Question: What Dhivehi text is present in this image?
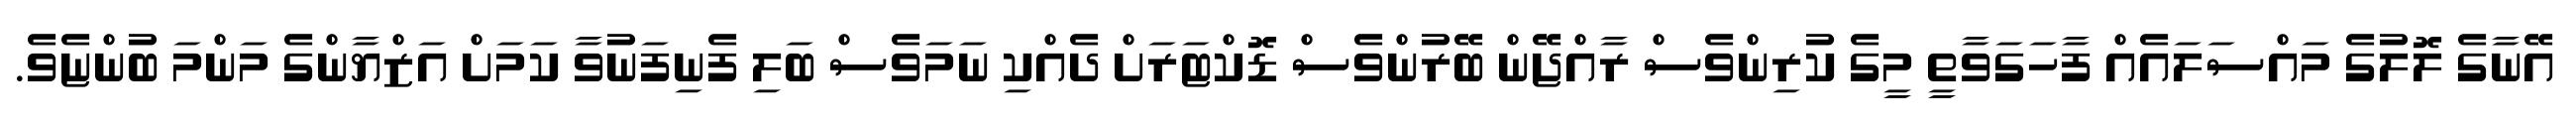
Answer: އޭނާގެ ލޮލުގެ މައްސަލައެއް ފާހަގަވާތީ މީގެ ކުރިންވެސް ރާއްޖޭން ބޭރުންވެސް ޑޮކްޓަރަށް ދެއްކި ނަމަވެސް ބަލި ފެނިފަނުވާ ކަމަށް އަޒްޔާންގެ މަންމަ ބުންޏެވެ.